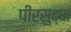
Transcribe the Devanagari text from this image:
पीरसुद्धा